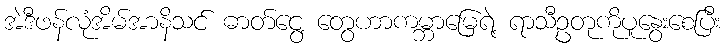
အဲဒီဖန်လုံအိမ်အာနိသင် ဓာတ်ငွေ့ တွေဟာကမ္ဘာမြေရဲ့ ရာသီဥတုကိုပူနွေးစေပြီး